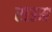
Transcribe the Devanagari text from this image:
राउम